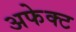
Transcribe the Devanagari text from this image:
अफेक्ट